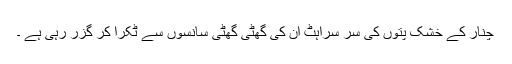
چنار کے خشک پتوں کی سر سراہٹ ان کی گھٹی گھٹی سانسوں سے ٹکرا کر گزر رہی ہے ۔